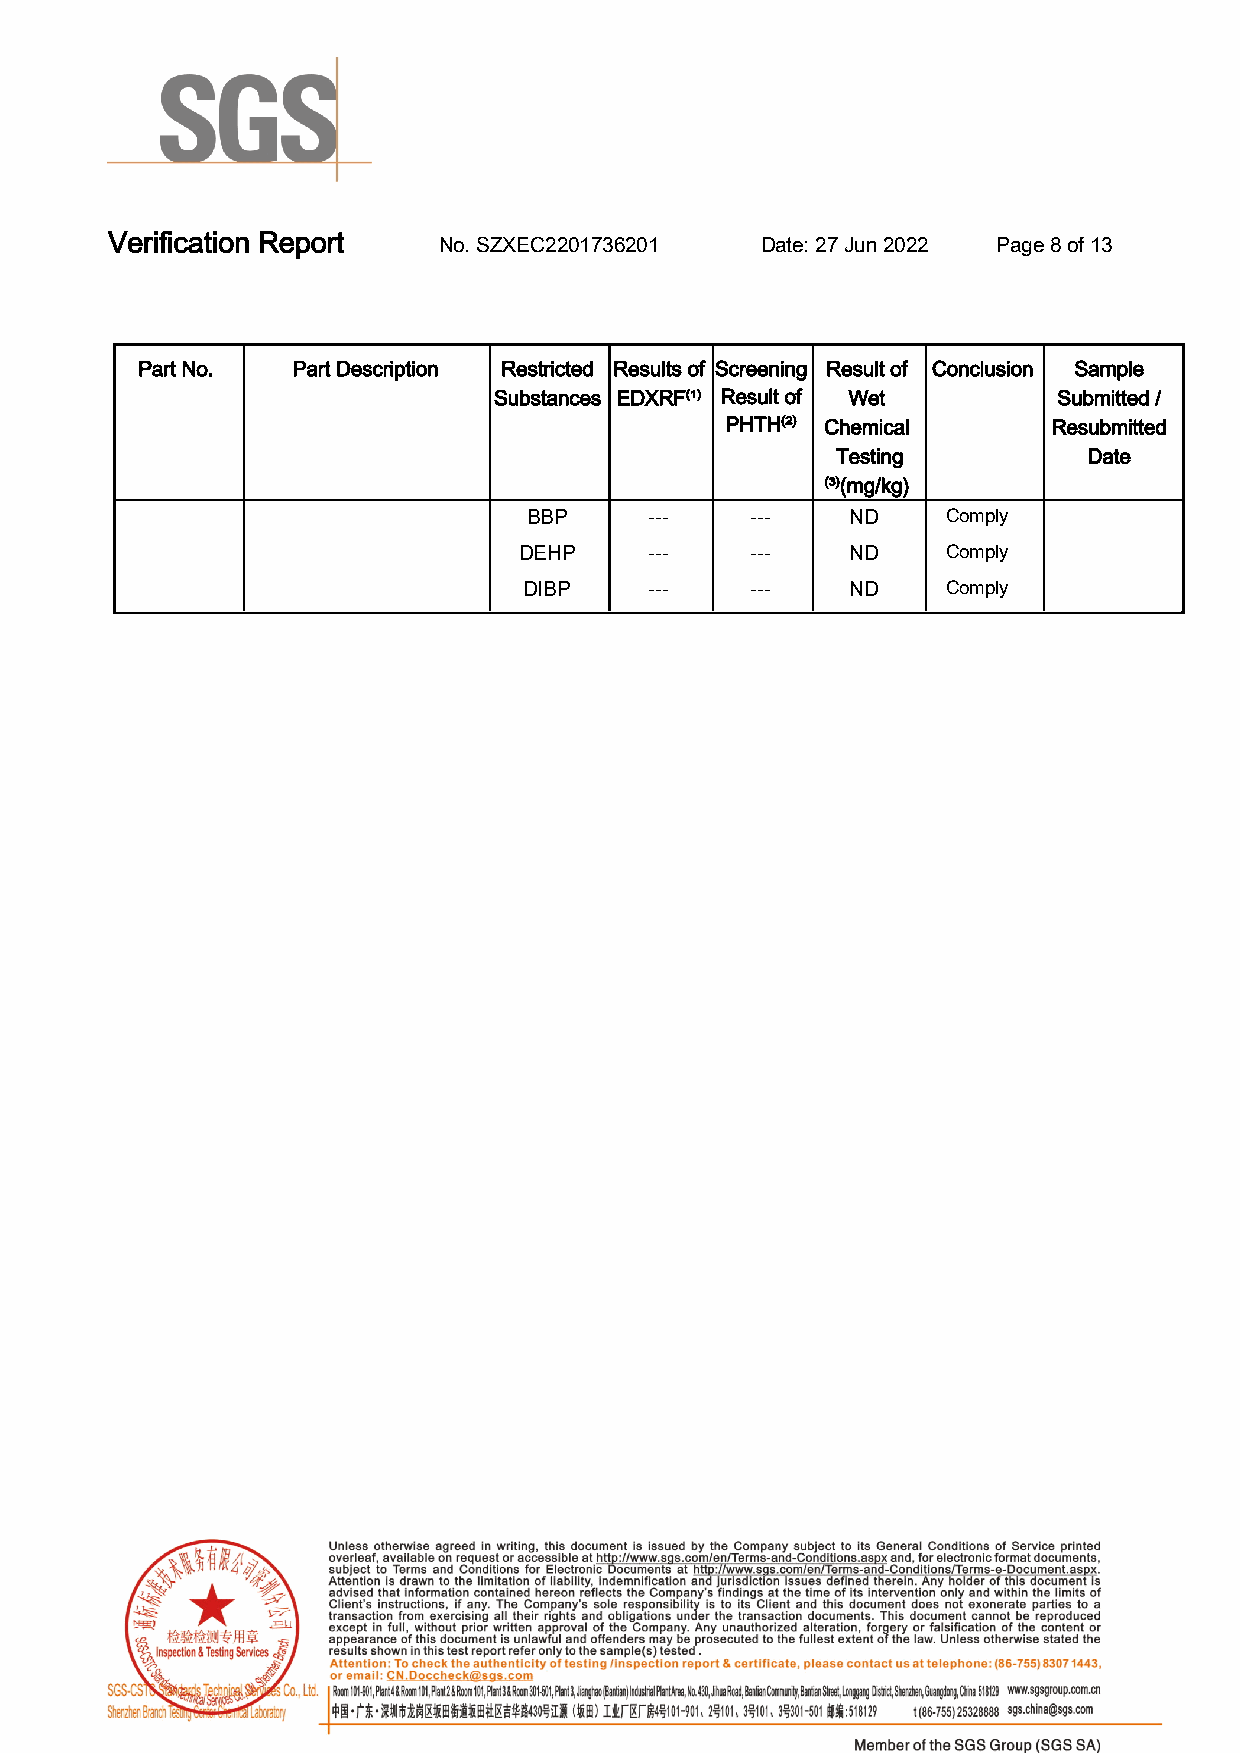
Verification Report.  No. SZXEC2201736201 . Date: 27 Jun 2022. Page 8 of 13.
 Part No.. Part Description. Restricted Results of Screening Result of Conclusion. Sample
 Substances. EDXRF⁽¹⁾. Result of Wet  Submitted /
 PHTH⁽²⁾. Chemical     Resubmitted
 Testing          Date.
 ⁽³⁾(mg/kg).
 BBP.    ---.   ---.  ND..   Comply...
 DEHP.    ---.   ---.  ND..   Comply...
 DIBP.   ---.   ---.  ND..   Comply...